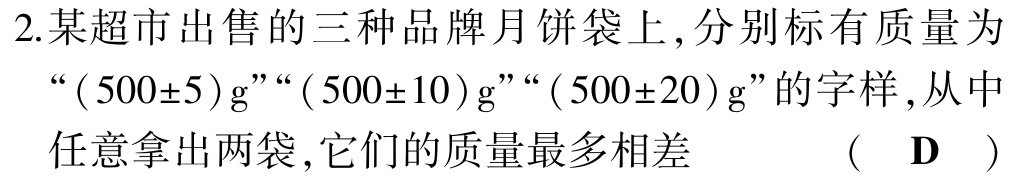
2.某超市出售的三种品牌月饼袋上,分别标有质量为“$(500\pm5)\text{g}$”“$(500\pm10)\text{g}$”“$(500\pm20)\text{g}$”的字样,从中任意拿出两袋,它们的质量最多相差 （ D ）